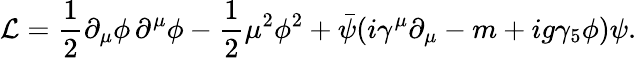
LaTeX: {\cal L}=\frac{1}{2}\partial_{\mu}\phi\, \partial^{\mu}\phi-\frac{1}{2}\mu^{2}\phi^{2}+\bar{\psi}(i\gamma^{\mu}\partial_{\mu}-m+ig\gamma_{5}\phi)\psi.